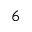
6